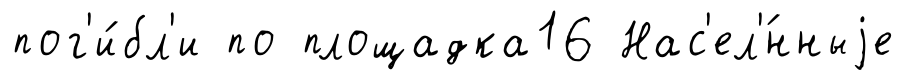
пог'и́бл'и по площадка16 Нас'ел'́нныjе